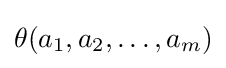
\theta (a_{1},a_{2},\ldots ,a_{m})